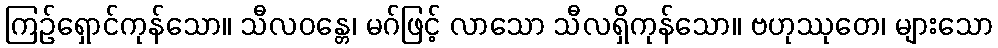
ကြဉ်ရှောင်ကုန်သော။ သီလဝန္တေ၊ မဂ်ဖြင့် လာသော သီလရှိကုန်သော။ ဗဟုဿုတေ၊ များသော